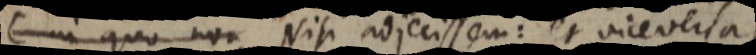
C in quo non Nisi adjecissem: et vice versa